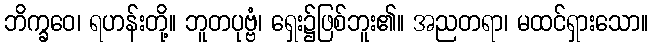
ဘိက္ခဝေ၊ ရဟန်းတို့။ ဘူတပုဗ္ဗံ၊ ရှေး၌ဖြစ်ဘူး၏။ အညတရာ၊ မထင်ရှားသော။